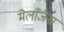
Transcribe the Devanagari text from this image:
मेलाँजेना